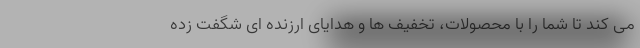
می کند تا شما را با محصولات، تخفیف ها و هدایای ارزنده ای شگفت زده